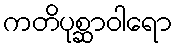
ကတိပုစ္ဆာဝါရော